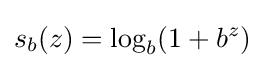
s_{b}(z)=\log _{b}(1+b^{z})